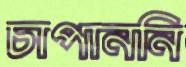
চাপাননি